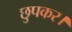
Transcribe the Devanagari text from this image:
छुपकर।